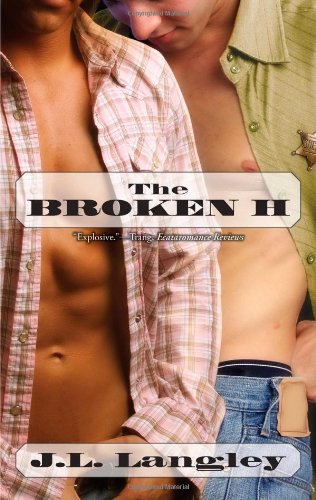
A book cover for The Broken H; J. L. Langley; Romance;